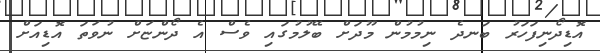
އޮޑިދޯނިފަހަރު ބަނދެ ނިމުމުން މޫދަށް ބޭލުމުގައި ވެސް އެ ދޯންޏަށް ނުވަތަ އޮޑިއަށް